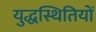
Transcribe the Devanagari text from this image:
युद्धस्थितियों